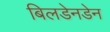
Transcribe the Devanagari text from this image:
बिलडेनडेन